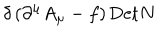
LaTeX: \delta \left( \partial ^ { \mu } A _ { \mu } - f \right) \mathrm { D e t } N